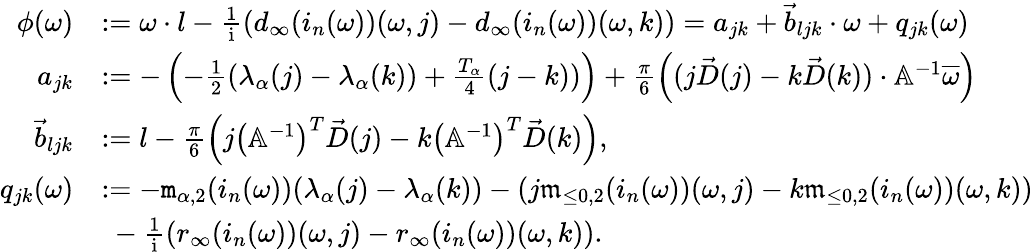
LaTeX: \begin{array}{rl}{\phi(\omega)}&{:=\omega\cdot l-\frac{1}{\mathrm{i}}(d_{\infty}(i_{n}(\omega))(\omega,j)-d_{\infty}(i_{n}(\omega))(\omega,k))=a_{jk}+\vec{b}_{ljk}\cdot\omega+q_{jk}(\omega)}\\ {a_{jk}}&{:=-\left(-\frac{1}{2}(\lambda_{\alpha}(j)-\lambda_{\alpha}(k))+\frac{T_{\alpha}}4(j-k))\right)+\frac{\pi}6\left((j\vec{D}(j)-k\vec{D}(k))\cdot\mathbb{A}^{-1}\overline{{\omega}}\right)}\\ {\vec{b}_{ljk}}&{:=l-\frac{\pi}6\left(j\left(\mathbb{A}^{-1}\right)^{T}\vec{D}(j)-k\left(\mathbb{A}^{-1}\right)^{T}\vec{D}(k)\right),}\\ {q_{jk}(\omega)}&{:=-\mathtt{m}_{\alpha,2}(i_{n}(\omega))(\lambda_{\alpha}(j)-\lambda_{\alpha}(k))-(j\mathfrak{m}_{\le 0,2}(i_{n}(\omega))(\omega,j)-k\mathfrak{m}_{\le 0,2}(i_{n}(\omega))(\omega,k))}\\ &{\ -\frac{1}{\mathrm{i}}\left(r_{\infty}(i_{n}(\omega))(\omega,j)-r_{\infty}(i_{n}(\omega))(\omega,k)\right).}\end{array}